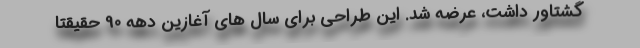
گشتاور داشت، عرضه شد. این طراحی برای سال های آغازین دهه 90 حقیقتا